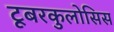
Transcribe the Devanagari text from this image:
टूबरकुलोसिस